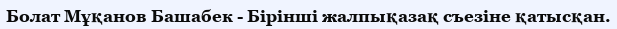
Болат Мұқанов Башабек - Бірінші жалпықазақ съезіне қатысқан.